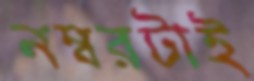
নম্বরটাই